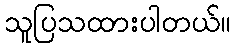
သူပြသထားပါတယ်။